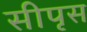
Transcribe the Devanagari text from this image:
सीपृस